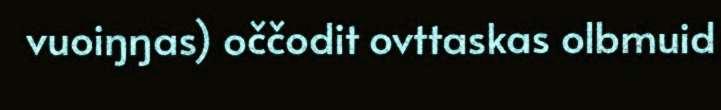
vuoiŋŋas) oččodit ovttaskas olbmuid